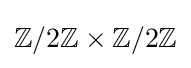
\mathbb {Z} /2\mathbb {Z} \times \mathbb {Z} /2\mathbb {Z}